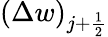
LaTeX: \left(\Delta w\right)_{j+\frac{1}{2}}